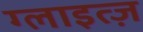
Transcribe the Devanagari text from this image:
ग्लाइत्ज़